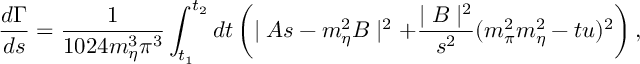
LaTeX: { \frac { d \Gamma } { d s } } = { \frac { 1 } { 1 0 2 4 m _ { \eta } ^ { 3 } \pi ^ { 3 } } } \int _ { t _ { 1 } } ^ { t _ { 2 } } d t \left( \mid A s - m _ { \eta } ^ { 2 } B \mid ^ { 2 } + { \frac { \mid B \mid ^ { 2 } } { s ^ { 2 } } } ( m _ { \pi } ^ { 2 } m _ { \eta } ^ { 2 } - t u ) ^ { 2 } \right) ,